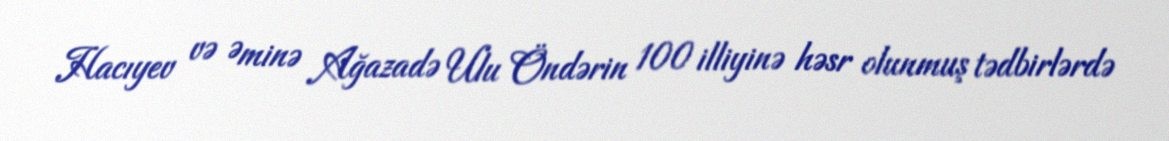
Hacıyev və Əminə Ağazadə Ulu Öndərin 100 illiyinə həsr olunmuş tədbirlərdə